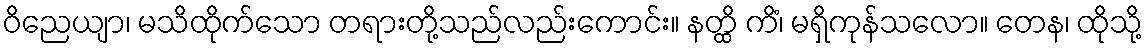
ဝိညေယျာ၊ မသိထိုက်သော တရားတို့သည်လည်းကောင်း။ နတ္ထိ ကိံ၊ မရှိကုန်သလော။ တေန၊ ထိုသို့